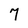
Character: 7